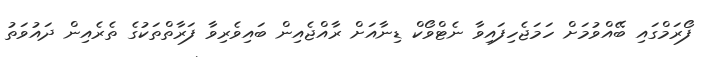
ފޯރަމްގައި ބޭއްވުމަށް ހަމަޖެހިފައިވާ ނެޓްވޯކް ޑިނާއަށް ރާއްޖެއިން ބައިވެރިވާ ފަރާތްތަކުގެ ތެރެއިން ދައުވަތު